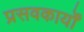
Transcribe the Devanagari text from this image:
प्रसवकार्यों